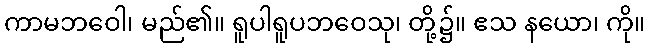
ကာမဘဝေါ၊ မည်၏။ ရူပါရူပဘဝေသု၊ တို့၌။ ဧသ နယော၊ ကို။